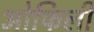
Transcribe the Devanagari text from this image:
ओफिली